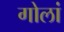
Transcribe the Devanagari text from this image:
गोलां